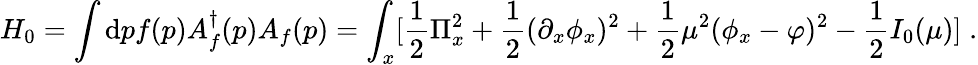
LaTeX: H_{0}=\int\mathrm{d}pf(p)A_{f}^{\dagger}(p)A_{f}(p)=\int_{x}[{\frac{{1}}{{2}}}\Pi_{x}^{2}+{\frac{{1}}{{2}}}(\partial_{x}\phi_{x})^{2}+{\frac{{1}}{{2}}}\mu^{2}(\phi_{x}-\varphi)^{2}-{\frac{{1}}{{2}}}I_{0}(\mu)]\; .